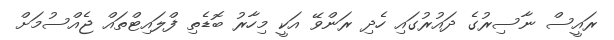
ރައީސް ނާސިރުގެ ދައުރުގައި ހެދި ރަންވޭ އަކީ މިހާރު ބޮޑެތި ފްލައިޓްތައް ޖެއްސުމަށް